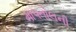
માપતોલની